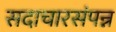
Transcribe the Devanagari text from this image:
सदाचारसंपन्न